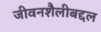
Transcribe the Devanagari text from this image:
जीवनशैलीबद्दल